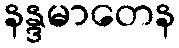
နန္ဒမာတေန